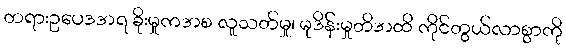
တရားဥပေဒအရ ခိုးမှုကအစ လူသတ်မှု၊ မုဒိန်းမှုတိအထိ ကိုင်တွယ်လာစွာကို